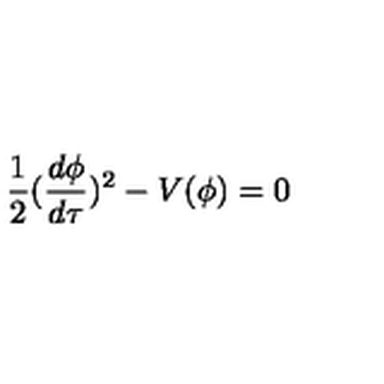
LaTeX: \frac { 1 } { 2 } ( \frac { d \phi } { d \tau } ) ^ { 2 } - V ( \phi ) = 0